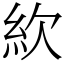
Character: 䊻